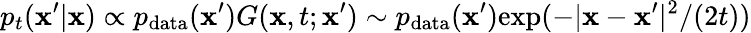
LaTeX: p_{t}(\mathbf{x}^{\prime}|\mathbf{x})\propto p_{\mathrm{data}}(\mathbf{x}^{\prime})G(\mathbf{x},t;\mathbf{x}^{\prime})\sim p_{\mathrm{data}}(\mathbf{x}^{\prime})\mathrm{exp}(-|\mathbf{x}-\mathbf{x}^{\prime}|^{2}/(2t))